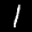
Label: 1